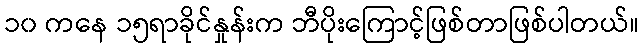
၁၀ ကနေ ၁၅ရာခိုင်နှုန်းက ဘီပိုးကြောင့်ဖြစ်တာဖြစ်ပါတယ်။